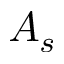
A _ { s }